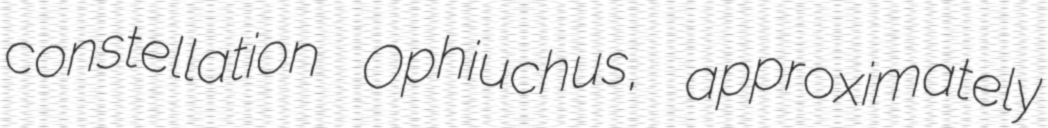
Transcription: constellation Ophiuchus, approximately